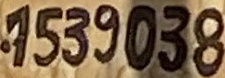
1539038